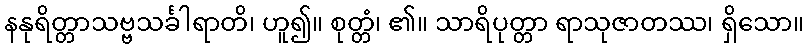
နနုရိတ္တာသဗ္ဗသင်္ခါရာတိ၊ ဟူ၍။ စုတ္တံ၊ ၏။ သာရိပုတ္တာ ရာသုဇာတဿ၊ ရှိသော။